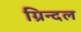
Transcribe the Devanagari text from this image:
ग्रिन्दल